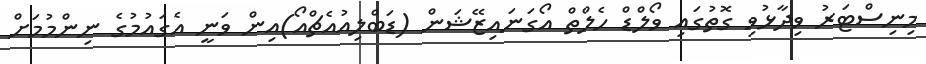
މިނިސްޓަރު ވިދާޅުވި ގޮތުގައި ވޯލްޑް ހެލްތް އޯގަނައިޒޭޝަން (ޑަބްލިއުއެޗްއޯ)އިން ވަނީ އެގައުމުގެ ނިންމުމަށް